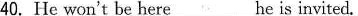
40.He won't be here_ he is invited.